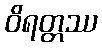
ဝိရတ္တဿ